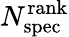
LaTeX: N_{\mathrm{spec}}^{\mathrm{rank}}